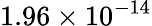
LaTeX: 1.96\times 10^{-14}